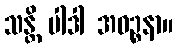
သန္တိ ပါဒါ အဝဉ္စနာ။